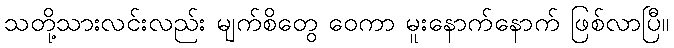
သတို့သားလင်းလည်း မျက်စိတွေ ဝေကာ မူးနောက်နောက် ဖြစ်လာပြီ။